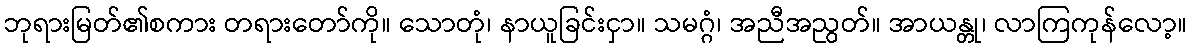
ဘုရားမြတ်၏စကား တရားတော်ကို။ သောတုံ၊ နာယူခြင်းငှာ။ သမဂ္ဂံ၊ အညီအညွတ်။ အာယန္တု၊ လာကြကုန်လော့။